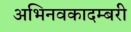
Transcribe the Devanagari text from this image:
अभिनवकादम्बरी